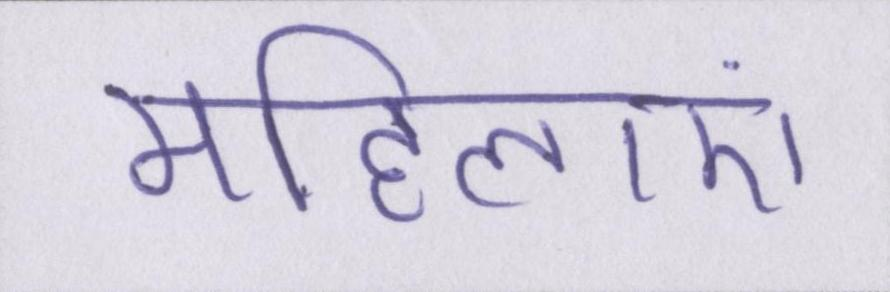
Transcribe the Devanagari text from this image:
महिलाएं